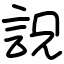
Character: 詋